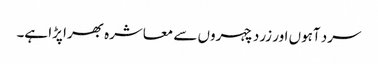
سرد آہوں اور زرد چہروں سے معاشرہ بھرا پڑا ہے۔